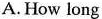
A. How long